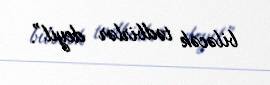
biləcək tədbirlər deyil”.